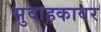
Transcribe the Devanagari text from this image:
सुवाहकावर